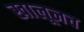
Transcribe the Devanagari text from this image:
खालूनच